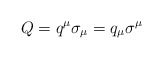
\begin{align*}Q = q^\mu \sigma_\mu = q_\mu \sigma^\mu\end{align*}